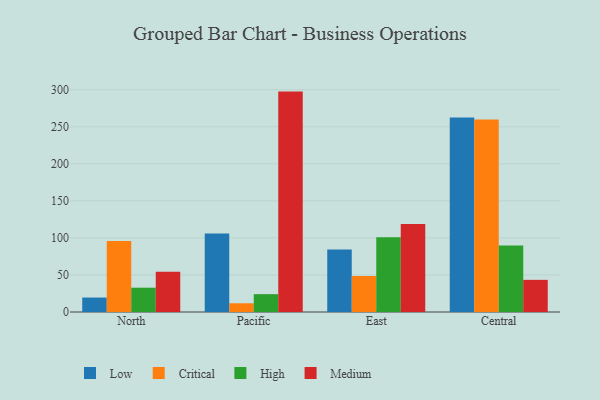
{"axis": {"x": "Region", "y": "Population (Million)"}, "legend": ["Critical", "High", "Low", "Medium"], "data": [{"x": "North", "y": 19.5, "type": "Low"}, {"x": "North", "y": 95.8, "type": "Critical"}, {"x": "North", "y": 32.8, "type": "High"}, {"x": "North", "y": 54.2, "type": "Medium"}, {"x": "Pacific", "y": 105.8, "type": "Low"}, {"x": "Pacific", "y": 11.8, "type": "Critical"}, {"x": "Pacific", "y": 24.1, "type": "High"}, {"x": "Pacific", "y": 297.5, "type": "Medium"}, {"x": "East", "y": 84.3, "type": "Low"}, {"x": "East", "y": 48.6, "type": "Critical"}, {"x": "East", "y": 101.0, "type": "High"}, {"x": "East", "y": 118.7, "type": "Medium"}, {"x": "Central", "y": 262.6, "type": "Low"}, {"x": "Central", "y": 259.9, "type": "Critical"}, {"x": "Central", "y": 89.9, "type": "High"}, {"x": "Central", "y": 43.4, "type": "Medium"}]}